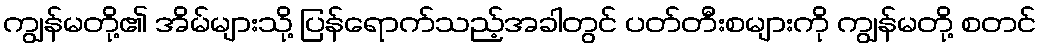
ကျွန်မတို့၏ အိမ်များသို့ ပြန်ရောက်သည့်အခါတွင် ပတ်တီးစများကို ကျွန်မတို့ စတင်